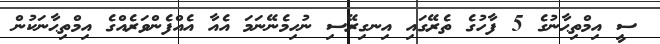
ސީ އިމްތިޙާނުގެ 5 ފާހުގެ ތެރޭގައި އިނގިރޭސި ނުހިމެނޭނަމަ އެއާ އެއްފެންވަރެއްގެ އިމްތިޙާނަކުން